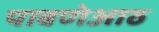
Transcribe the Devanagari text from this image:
पावणेआठ